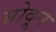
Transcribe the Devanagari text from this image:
सोवून